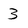
Character: 3